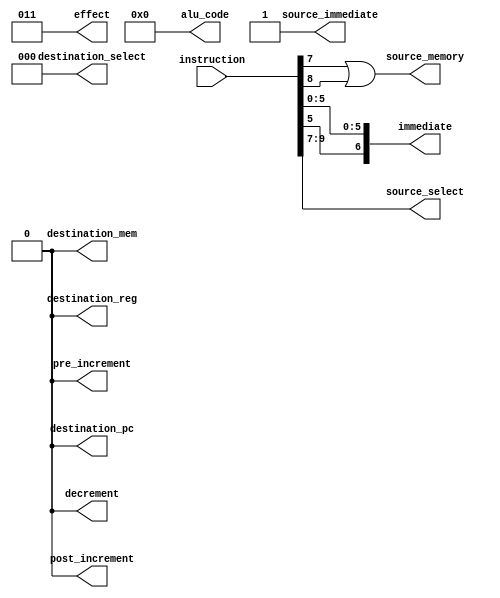
module page_decoder(
  input [15:0] instruction,
  output source_immediate,
  output source_memory,
  output [6:0] immediate,
  output [4:0] alu_code,
  output pre_increment,
  output post_increment,
  output decrement,
  output [2:0] source_select,
  output [2:0] destination_select,
  output destination_pc,
  output destination_mem,
  output destination_reg,
  output [2:0] effect
);

// Controls if source of 4 is interpreted as flags or immediate
assign source_immediate = 1;
assign source_memory = (source_select[0] | source_select[1]);
assign alu_code = 5'b0;
assign decrement = 0;
assign pre_increment = 0;
assign post_increment = 0;
assign effect[2:0] = 3'b11;
assign immediate = {instruction[5], instruction[5:0]};

// whether the destination is memory or not changes how a
// few things are interpreted.
assign source_select = instruction[9:7];
assign destination_select = 3'b0;
assign destination_pc = 0;
assign destination_mem = 0;
assign destination_reg = 0;

endmodule